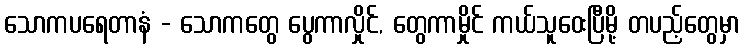
သောကပရေတာနံ - သောကတွေ ပွေကာလှိုင်, တွေကာမှိုင် ကယ်သူဝေးပြီမို့ တပည့်တွေမှာ